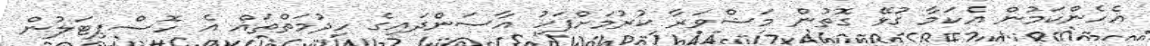
އެހެންކަމުން އެކަމާ ގުޅޭ ގޮތުން މަޝްވަރާ ކުރުމަށްފަހު އާސަންދައިގެ ހިދުމަތްތައް އެ ހޮސްޕިޓަލުން